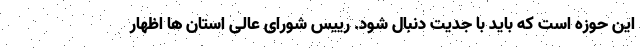
این حوزه است که باید با جدیت دنبال شود. رییس شورای عالی استان ها اظهار